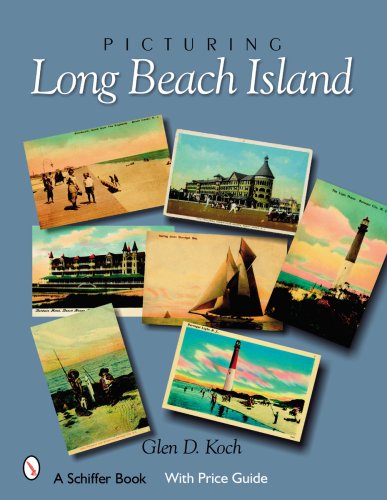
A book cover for Picturing Long Beach Island, New Jersey (Schiffer Books); Glenn D. Koch; Travel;